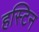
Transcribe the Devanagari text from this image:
हस्टिन